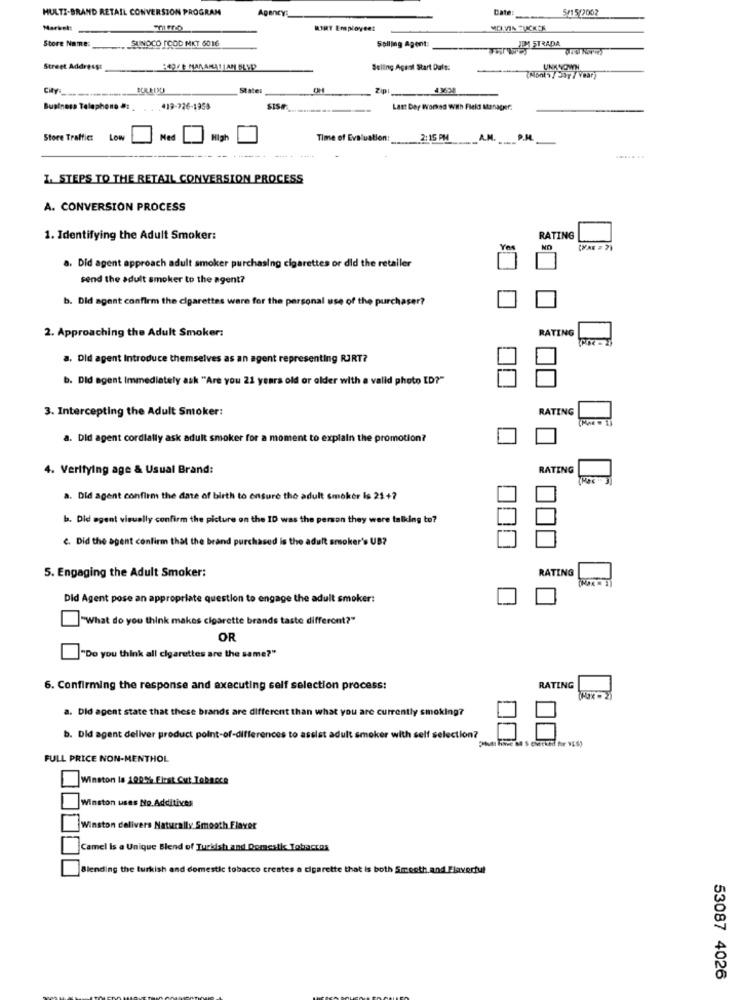
MULTI-BRAND RETAIL CONVERSION PROGRAM
Agencys
Date:
5/15/2002
Market:
RART Employee:
MOI.VIN FUCKER
Store Name:
SUNOCO [COD MKT 6016
Salling Agent:
JIM STRADA
Street Address:
PROFE MANAMATIAM BLYP
Selling Agast Start Dal's:
UNKNOWN
CHY .........------
State:
Zip
Business Telephone at
419-726-1958
SISE
Last Der Worked with Field Manager:
Store Traffic:
Low
High
Time of Evaluation:
2: 15 PM
A.M.
P.M.
I. STEPS TO THE RETAIL CONVERSION PROCESS
A. CONVERSION PROCESS
1. Identifying the Adult Smoker:
RATING
a. Did agent approach adult smoker purchasing cigarettes or did the retailer
send the adult smoker to the agent?
b. Did agent confirm the cigarettes ware for the personal use of the purchaser?
2. Approaching the Adult Smoker:
RATING
a, Did agent Introduce themselves as an agent representing RJRT?
b. Did agent Immediately ask "Are you 21 years old or older with a valid photo ID?"
3. Intercepting the Adult Smoker:
RATING
a. Did agent cordially ask adult smoker for a moment to explain the promotion?
4. Verifying age & Usual Brand:
RATING
a. Did agent confirm the date of birth to ensure the adult smoker Is 21+?
b. Did agent visually confirm the picture on the ID was the person they were talking to?
C. Did the agent confirm that the brand purchased is the adult smoker's UB?
5. Engaging the Adult Smoker:
RATING
Did Agent pose an appropriate question to engage the adult smoker:
|"What do you think makes cigarette brands taste different?"
OR
"Do you think all cigarettes are the same?"
6. Confirming the response and executing self selection process:
RATING
a. Did agent state that these brands are different than what you are currently smoking?
b. Did agent deliver product point-of-differences to assist adult smoker with self selection?
FULL PRICE NON-MENTHOL
Winston la 100% Flest Cut Toknece
Winston uses No. Additives
Winston delivers Naturally Smooth Flavor
Camel is a Unique Blend of Turkish and Domestic Tobaccos
Blending the turkish and domestic tobacco creates a cigarette that is both Smooth.and Flavorful
53087 4026